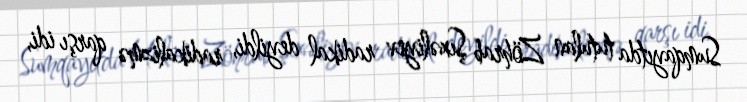
Sumqayıtda tutulan Zöhrab Şıxəliyev radikal deyildi, radikalizmə qarşı idi,